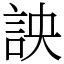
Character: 詇